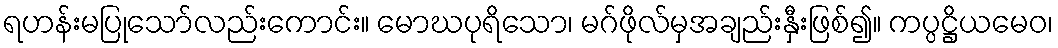
ရဟန်းမပြုသော်လည်းကောင်း။ မောဃပုရိသော၊ မဂ်ဖိုလ်မှအချည်းနှီးဖြစ်၍။ ကပ္ပဋ္ဌိယမေဝ၊